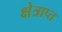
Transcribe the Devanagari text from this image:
क्षेत्राप्त